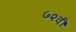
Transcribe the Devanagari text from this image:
७२वीं